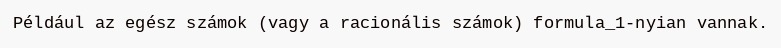
Például az egész számok (vagy a racionális számok) formula_1-nyian vannak.